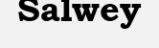
Salwey